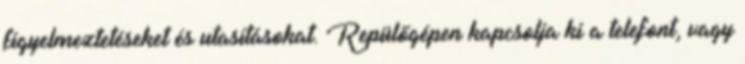
figyelmeztetéseket és utasításokat. Repülőgépen kapcsolja ki a telefont, vagy